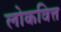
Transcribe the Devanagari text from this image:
लोकवित्त